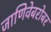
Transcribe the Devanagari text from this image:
जाणिवेबरोबर